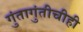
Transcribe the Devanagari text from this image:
गुंतागुंतीचीही